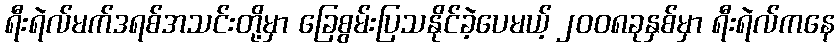
ရီးရဲလ်မက်ဒရစ်အသင်းတို့မှာ ခြေစွမ်းပြသနိုင်ခဲ့ပေမယ့် ၂၀၀၈ခုနှစ်မှာ ရီးရဲလ်ကနေ